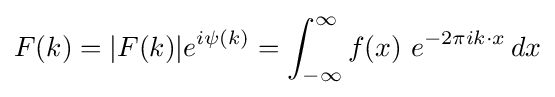
F(k)=|F(k)|e^{i\psi (k)}=\int _{-\infty }^{\infty }f(x)\ e^{-2\pi ik\cdot x}\,dx